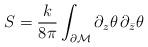
LaTeX: \begin{align*}S =\frac{k}{8\pi}\int_{\partial\cal M}\partial_z\theta\,\partial_{\bar{z}}\theta\end{align*}